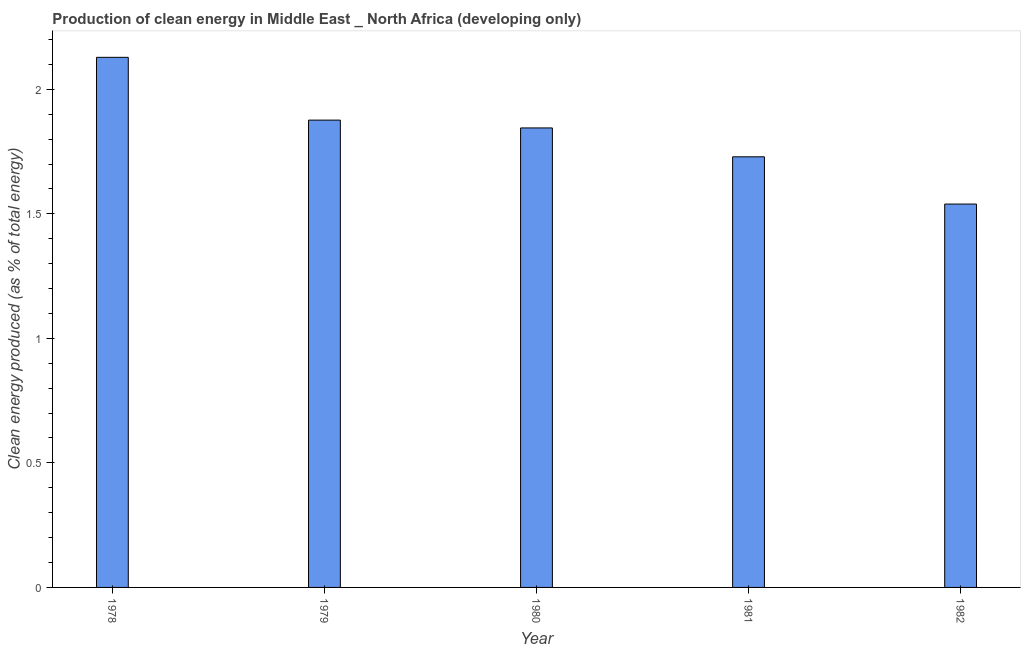
| Year | Alternative and nuclear energy |
 | --- | --- |
 | 1978 | 2.13 |
 | 1979 | 1.88 |
 | 1980 | 1.84 |
 | 1981 | 1.73 |
 | 1982 | 1.54 |